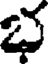
భ